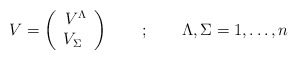
\begin{align*}V = \left( \begin{array}{c} V^\Lambda \\ V_\Sigma \ \end{array}\right) \quad \quad ; \quad \quad \Lambda,\Sigma=1,\dots,n\end{align*}